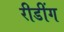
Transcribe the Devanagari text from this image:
रीडींग